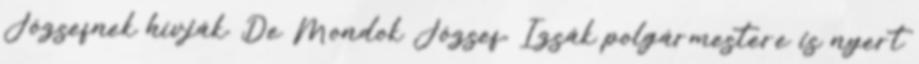
Józsefnek hívják. De Mondok József, Izsák polgármestere is nyert